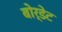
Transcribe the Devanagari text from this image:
बोर्डेट